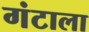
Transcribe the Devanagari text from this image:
गंटाला